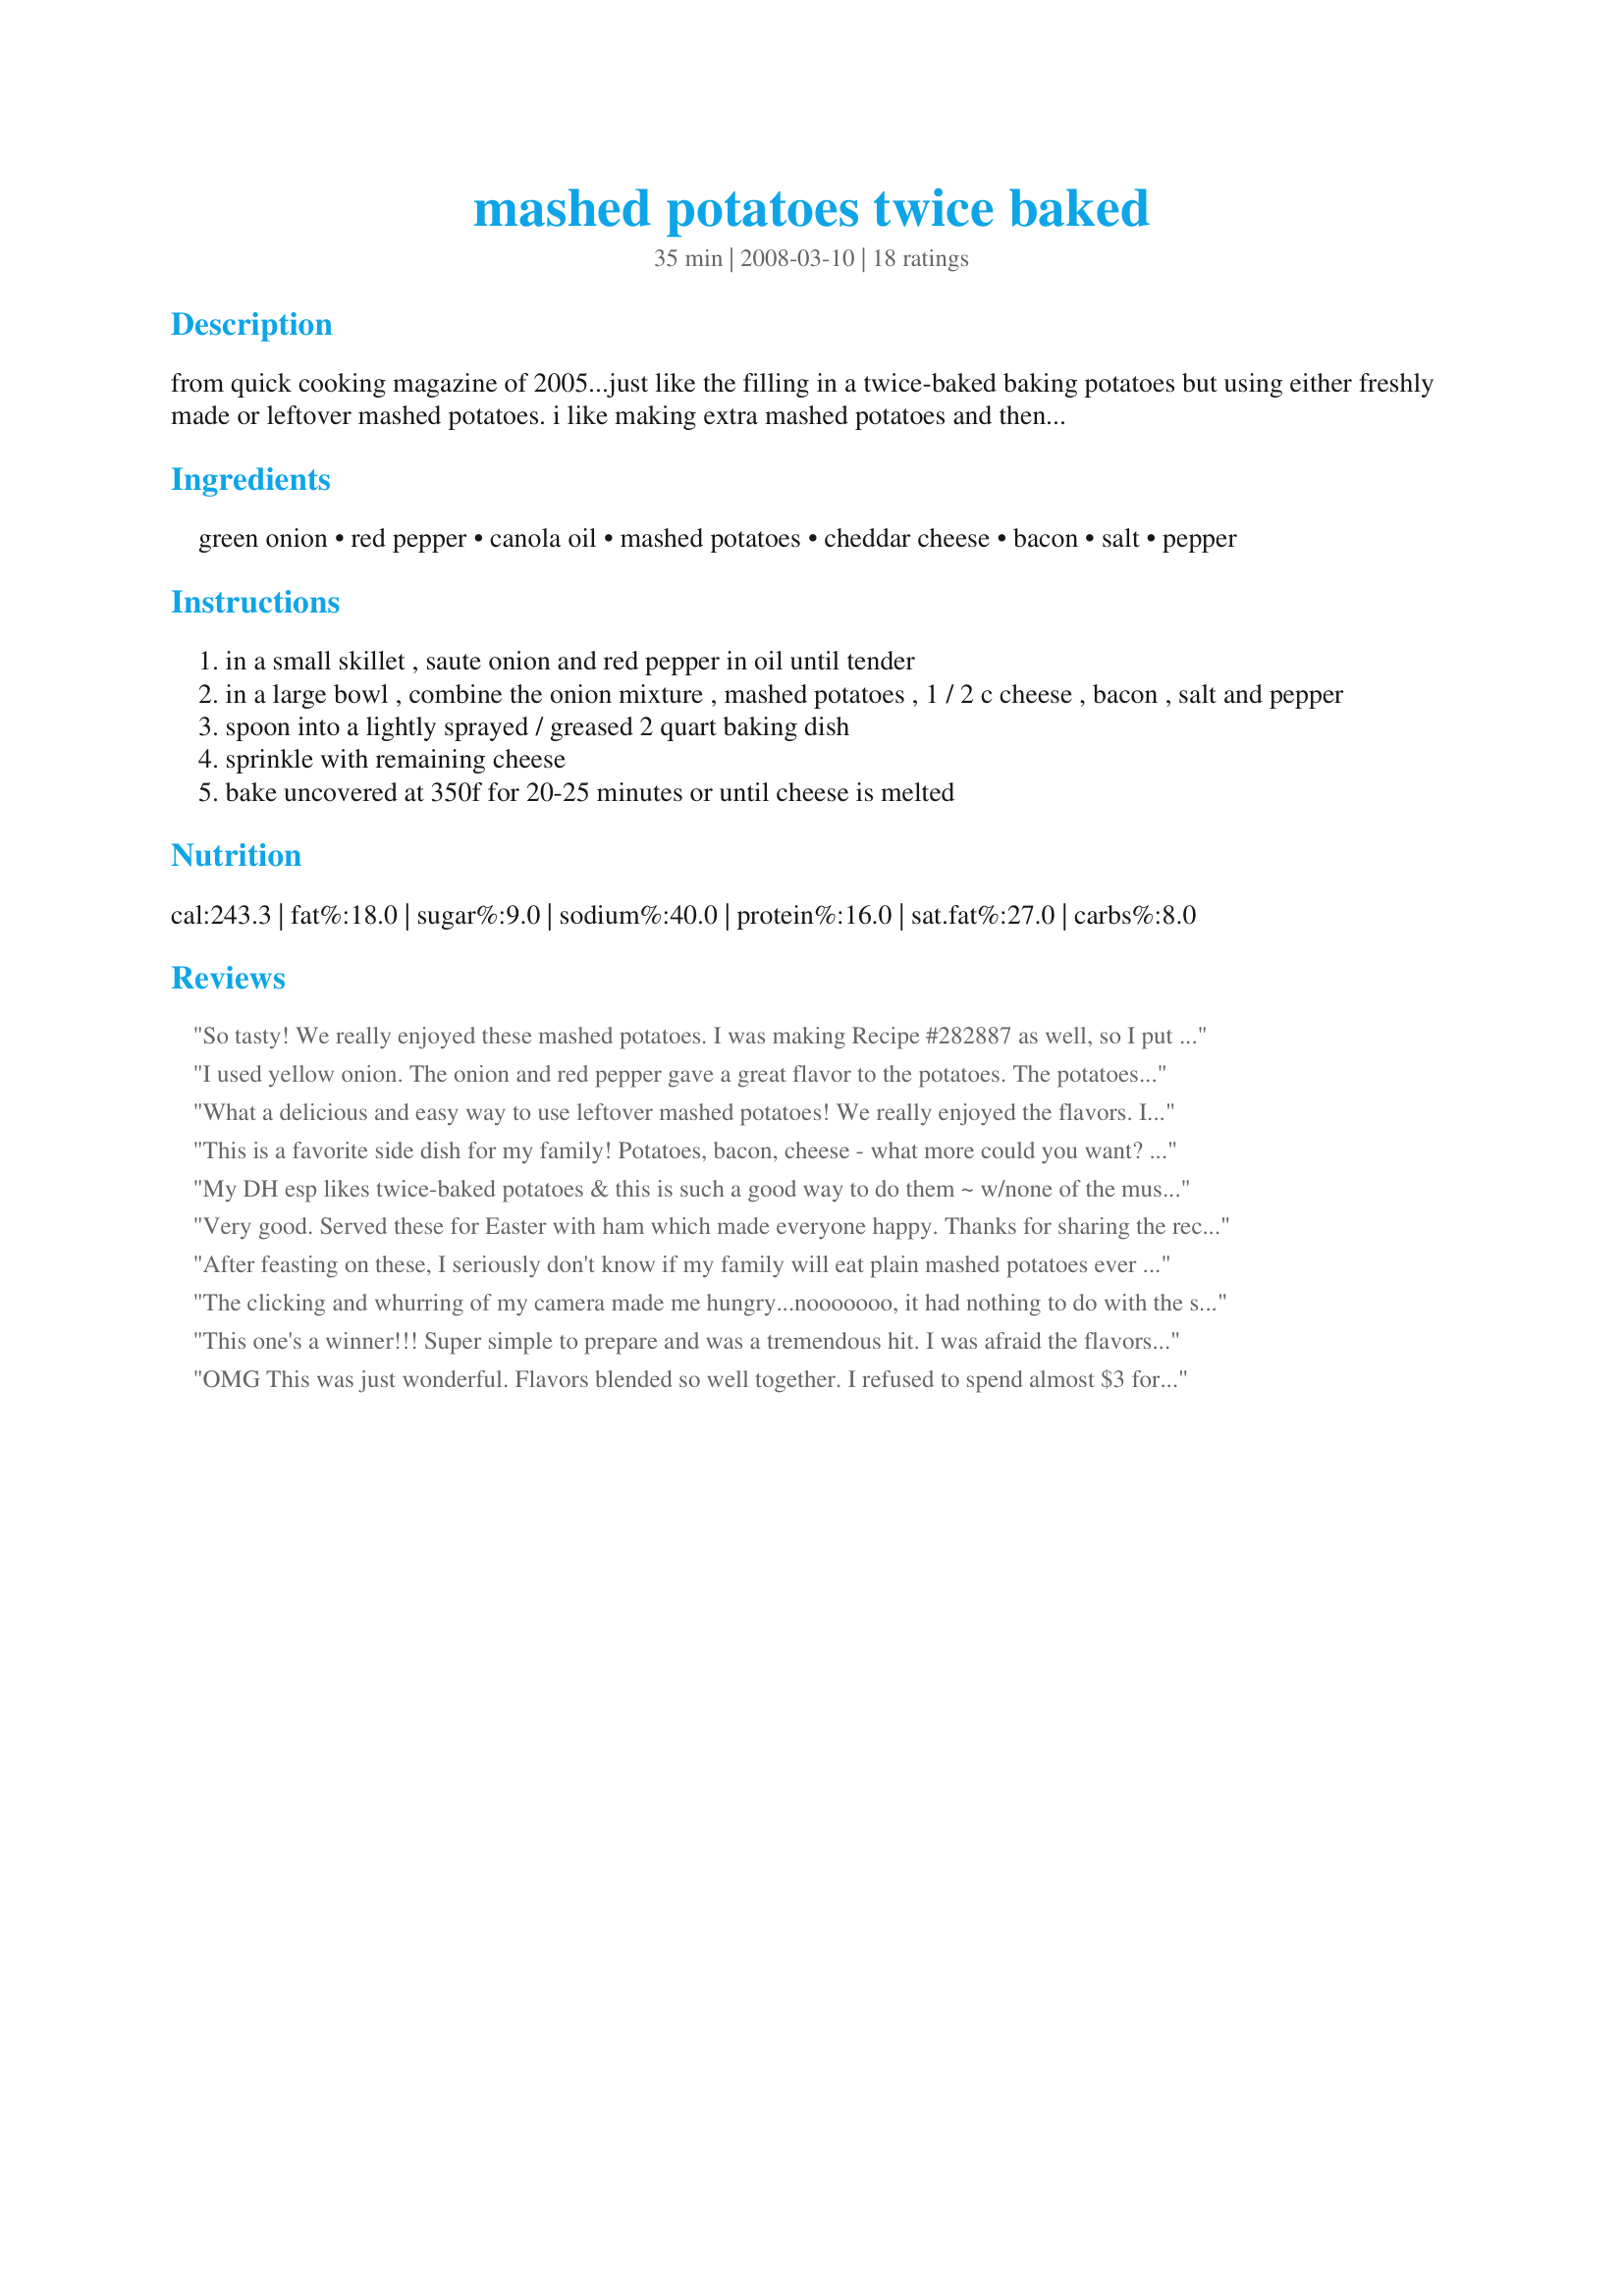
mashed potatoes twice baked
Preparation time: 35 minutes

from quick cooking magazine of 2005...just like the filling in a twice-baked baking potatoes but using either freshly made or leftover mashed potatoes. i like making extra mashed potatoes and then making this dish. i also like to add a bit of extra chopped green onion and extra crumbled bacon to the topping before baking. yummy!

Ingredients:
green onion, red pepper, canola oil, mashed potatoes, cheddar cheese, bacon, salt, pepper

Steps:
in a small skillet , saute onion and red pepper in oil until tender
in a large bowl , combine the onion mixture , mashed potatoes , 1 / 2 c cheese , bacon , salt and pepper
spoon into a lightly sprayed / greased 2 quart baking dish
sprinkle with remaining cheese
bake uncovered at 350f for 20-25 minutes or until cheese is melted

Reviews:
So tasty! We really enjoyed these mashed potatoes. I was making Recipe #282887 as well, so I put this dish together and it could just sit in the oven at a low temperature while I prepared the rest of the meal. Made for ZWT7. Thanks Hokies! :)
I used yellow onion. The onion and red pepper gave a great flavor to the potatoes. The potatoes were creamy to perfection. And the taste with the cheese and bacon mmmmmm Thanks Melissa :) Made for Market tag game
What a delicious and easy way to use leftover mashed potatoes! We really enjoyed the flavors. I included the optional red pepper and skipped adding more salt and pepper, since I was using leftover potatoes that were already seasoned. Thanks for sharing! ZWT7
This is a favorite side dish for my family! Potatoes, bacon, cheese - what more could you want? I did leave out the onions and skipped the optional red pepper. This is a great dish that would go with just about anything - thanks for sharing!
My DH esp likes twice-baked potatoes & this is such a good way to do them ~ w/none of the muss & fuss of using shells, but all the goodness of the usual flavors. I like them for their taste, ease of prep & the fact they go so well w/almost any entree or meal type. I used a combo of leek + fresh-snipped chives for the green onion rarely found here & esp liked the use of red pepper for its flavor, crunch & color. Thx for sharing this recipe w/us & CONGRATS on your *Football Pool* win! :-)
Very good. Served these for Easter with ham which made everyone happy. Thanks for sharing the recipe!
After feasting on these, I seriously don't know if my family will eat plain mashed potatoes ever again! I made up a batch of mashed potatoes with milk, butter, salt and pepper just to make this recipe. Since they were already hot, I didn't need the full time in the oven. I left them in for 15 minutes at the most. I also screwed up and dumped the whole cup of cheese in, so I used extra for the top. Followed exact except for leaving the red pepper out. Thanks so much for sharing (or maybe not! HA!)...I know this will be a staple around here now.
The clicking and whurring of my camera made me hungry...nooooooo, it had nothing to do with the smell of onions, bacon and potatoes. ;-) Made for Potluck Tag.
This one's a winner!!! Super simple to prepare and was a tremendous hit. I was afraid the flavors would be a bit mild because the aroma of the pre-baked "casserole" wasn't strong, but this was quite the tasty treat. Next time I might add more bacon, but that is just a family preference and the amount called for in the recipe is plenty.

By the way, I didn't use the pepper in mine either. I imagine it would add something nice to the recipe, but I was cooking for my niece and I knew if I tampered with the balance of mashed potatoes, cheese and bacon I'd never hear the end of it. Maybe I'll add that ingredient in another time.
OMG This was just wonderful. Flavors blended so well together. I refused to spend almost $3 for a red pepper so I left it out, but other than that, and scaling it down for the 2 of us, made as directed. I really didn't think the potatoes would heat through in the 20-25 minutes stated time, but I was so wrong. Perfect. Thanks. Made for SSC Pet Parade
These were good and easy to make. I followed the recipe as written other then I didn't use the optional red peppers. I mixed all the cheese in the potatoes. We enjoyed them.
these are wicked good try these zaar world tour 8
Wonderful way to use up left over mashed potatoes!!! I only made about half of the recipe. I did add the optional additional cheese and bacon on the top and served it with a kona coffee rubbed steak and salad, yummy!!! Thanks for sharing the recipe!!! Made for ZWT 6.
I left out the red pepper, but made it the same otherwise and yum! Awesome loaded mashed potatoes, cheesey bacony how could you go wrong? A definite keeper, thanks for sharing! Made for Witchin Kitchen ZWT7.
These made a great addition to our steak dinner from GB tonight. Made for ZWT8
Excellent potatoes!! Made half the recipe since it is just DH and I that eat potatoes and it was enough for both of us for dinner and lunch for DH...should have made the full batch so I could have leftovers too! I didn't have leftover mashed potatoes so made some from scratch and cooked the onions with the bacon. Made for ZWT8.
I halved this recipe but did use full quantity of bacon and cheese as per original though did no add salt (very rarely do so). The 3 of us (the DM, DS and myself thoroughly enjoyed this as a side dish with recipe #395068 and main recipe #370057). Thank you HokiesLady, made for Went To Market.
Just what I was looking for----jb
